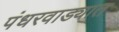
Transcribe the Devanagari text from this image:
पंधरवाड्यात